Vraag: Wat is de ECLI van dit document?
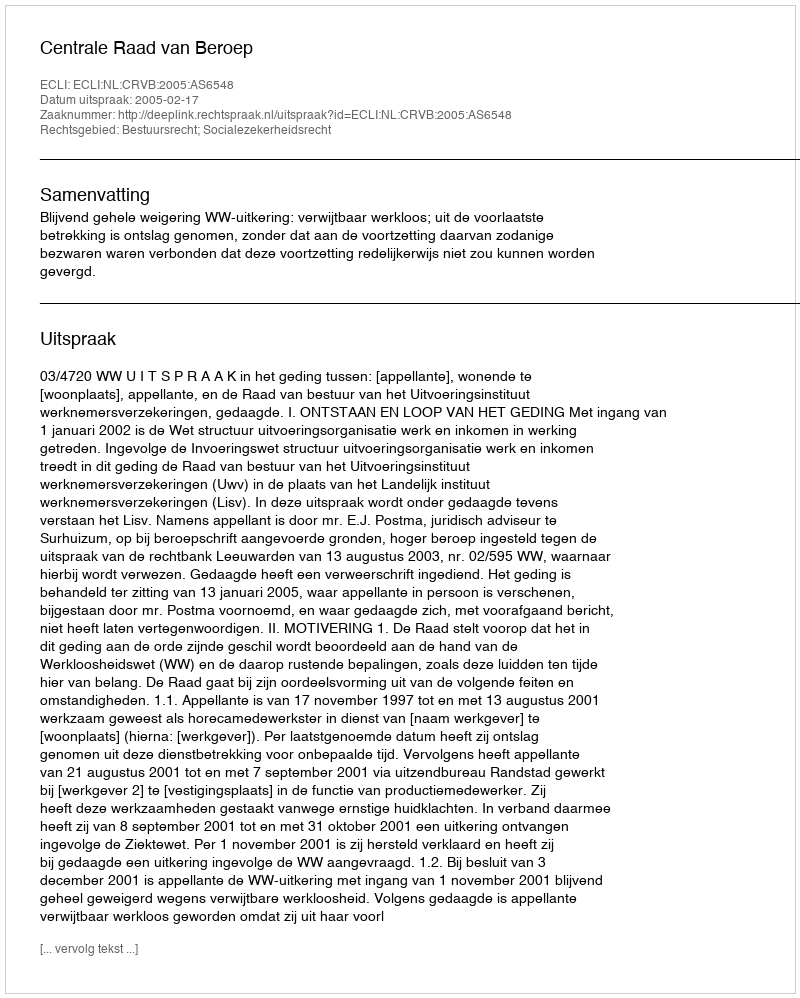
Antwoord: ECLI:NL:CRVB:2005:AS6548